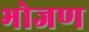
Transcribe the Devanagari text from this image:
भोजण